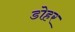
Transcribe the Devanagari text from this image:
डोहर